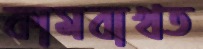
কামবাখত